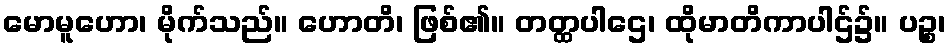
မောမူဟော၊ မိုက်သည်။ ဟောတိ၊ ဖြစ်၏။ တတ္ထပါဌေ၊ ထိုမာတိကာပါဌ်၌။ ပဉ္စ၊